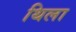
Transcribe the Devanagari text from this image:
थिला